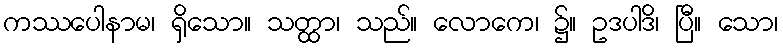
ကဿပေါနာမ၊ ရှိသော။ သတ္ထာ၊ သည်။ လောကေ၊ ၌။ ဥဒပါဒိ၊ ပြီ။ သော၊